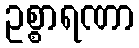
ဥစ္စာရဏာ